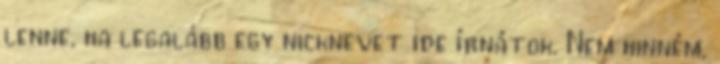
lenne, ha legalább egy nicknevet ide írnátok. Nem hinném,